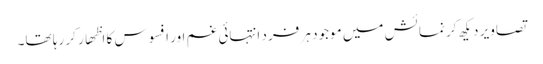
تصاویر دیکھ کر نمائش میں موجود ہر فرد انتہائی غم اور افسوس کا اظھار کر رہا تھا۔